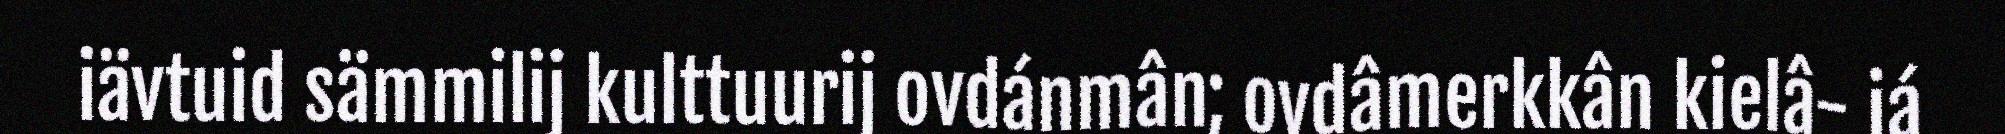
iävtuid sämmilij kulttuurij ovdánmân; ovdâmerkkân kielâ- já